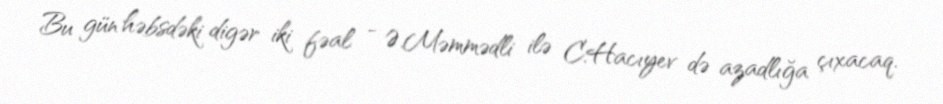
Bu gün həbsdəki digər iki fəal - Ə.Məmmədli ilə C.Hacıyev də azadlığa çıxacaq.